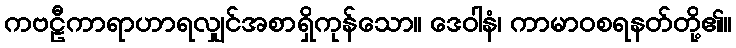
ကဗဠီကာရာဟာရလျှင်အစာရှိကုန်သော။ ဒေဝါနံ၊ ကာမာဝစရနတ်တို့၏။